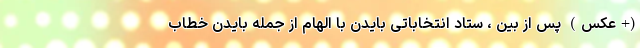
(+عکس) پس از بین ، ستاد انتخاباتی بایدن با الهام از جمله بایدن خطاب